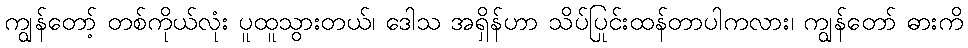
ကျွန်တော့် တစ်ကိုယ်လုံး ပူထူသွားတယ်၊ ဒေါသ အရှိန်ဟာ သိပ်ပြင်းထန်တာပါကလား၊ ကျွန်တော် ဓားကို